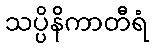
သပ္ပိနိကာတီရံ